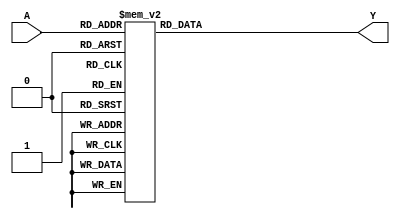
module prime_implicant (
    input [3:0] A,    // 4-bit input representing the variables (can be changed based on use case)
    output reg Y      // Output of the minimized boolean function
);

// Truth Table for a specific Boolean function (example)
always @(*) begin
    case (A)
        4'b0000: Y = 0;  // minterm 0
        4'b0001: Y = 1;  // minterm 1
        4'b0010: Y = 1;  // minterm 2
        4'b0011: Y = 1;  // minterm 3
        4'b0100: Y = 0;  // minterm 4
        4'b0101: Y = 1;  // minterm 5
        4'b0110: Y = 1;  // minterm 6
        4'b0111: Y = 1;  // minterm 7
        4'b1000: Y = 0;  // minterm 8
        4'b1001: Y = 1;  // minterm 9
        4'b1010: Y = 0;  // minterm 10
        4'b1011: Y = 0;  // minterm 11
        4'b1100: Y = 1;  // minterm 12
        4'b1101: Y = 1;  // minterm 13
        4'b1110: Y = 0;  // minterm 14
        4'b1111: Y = 1;  // minterm 15
        default: Y = 0;  // Default case
    endcase
end

endmodule